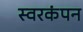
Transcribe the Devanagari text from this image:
स्वरकंपन